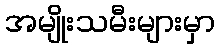
အမျိုးသမီးများမှာ